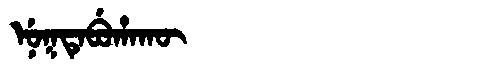
Manchu: ᠨᡠᡴᡨᡝᠪᡠᡥᠠᡴᡡ
Romanization: NUKTEBUHAKŪ